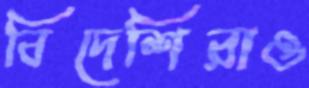
বিদেশিরাও